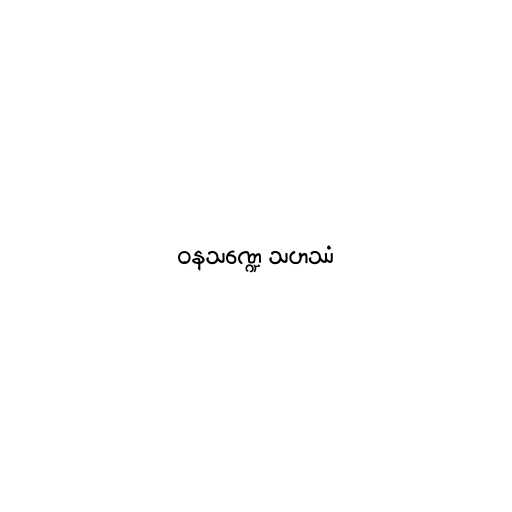
ဝနသဏ္ဍေ သဟဿံ